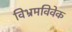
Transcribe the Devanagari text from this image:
विभ्रमविवेक